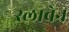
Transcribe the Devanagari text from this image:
स्लावेन